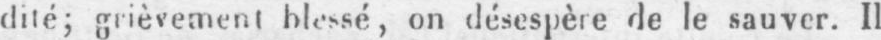
dité; grièvement blessé, on désespère de le sauver. Il